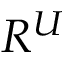
R ^ { U }